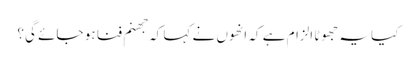
کیا یہ جھوٹا الزام ہے کہ انھوں نے کہا کہ جھنم فنا ہو جائے گی؟